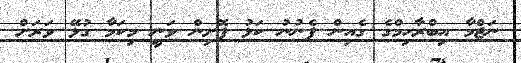
ނަޖްމާ އިބްރާހިމްގެ ގެއިން ފެނުނު ކަޅު ފޮށިން ވަނީ މިކަމާ ގުޅޭ ވަރަށް